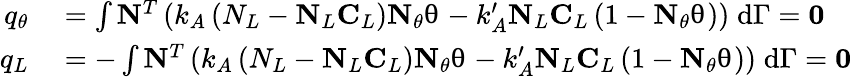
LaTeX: \begin{array}{rl}{q_{\theta}}&{{}=\int\mathbf{N}^{T}\left(k_{A}\left(N_{L}-\mathbf{N}_{L}\mathbf{C}_{L}\right)\mathbf{N}_{\theta}\mathbf{\uptheta}-k_{A}^{\prime}\mathbf{N}_{L}\mathbf{C}_{L}\left(1-\mathbf{N}_{\theta}\mathbf{\uptheta}\right)\right)\; \mathrm{d}\Gamma=\mathbf{0}}\\ {q_{L}}&{{}=-\int\mathbf{N}^{T}\left(k_{A}\left(N_{L}-\mathbf{N}_{L}\mathbf{C}_{L}\right)\mathbf{N}_{\theta}\mathbf{\uptheta}-k_{A}^{\prime}\mathbf{N}_{L}\mathbf{C}_{L}\left(1-\mathbf{N}_{\theta}\mathbf{\uptheta}\right)\right)\; \mathrm{d}\Gamma=\mathbf{0}}\end{array}